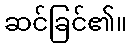
ဆင်ခြင်၏။